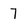
Character: 7